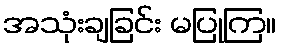
အသုံးချခြင်း မပြုကြ။